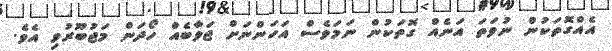
އެއްގޮތަކުން ނުވަތަ އަނެއް ގޮތަކުން ނަމަވެސް އަހަންނަށް ޖަވާބެއް ހޯދަން މަޖުބޫރުވި އެވެ.